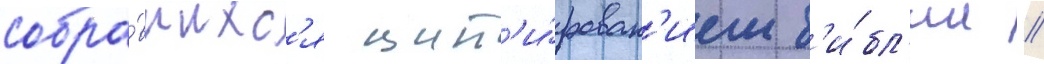
собра́вшихс'я цит'и́рован'ием б'и́бл'ии //